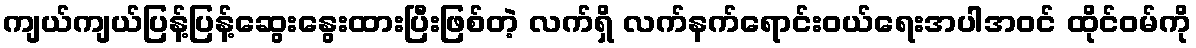
ကျယ်ကျယ်ပြန့်ပြန့်ဆွေးနွေးထားပြီးဖြစ်တဲ့ လက်ရှိ လက်နက်ရောင်းဝယ်ရေးအပါအဝင် ထိုင်ဝမ်ကို